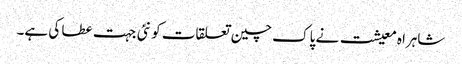
شاہراہ معیشت نے پاک چین تعلقات کو نئی جہت عطا کی ہے۔